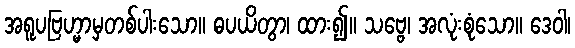
အရူပဗြဟ္မာမှတစ်ပါးသော။ ဓပယိတွာ၊ ထား၍။ သဗ္ဗေ၊ အလုံးစုံသော။ ဒေဝါ၊